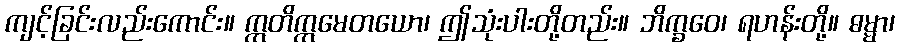
ကျင့်ခြင်းလည်းကောင်း။ ဣတိဣမေတယော၊ ဤသုံးပါးတို့တည်း။ ဘိက္ခဝေ၊ ရဟန်းတို့။ ဓမ္မာ၊